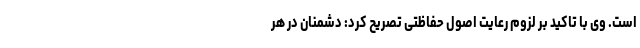
است. وی با تاکید بر لزوم رعایت اصول حفاظتی تصریح کرد: دشمنان در هر